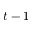
t - 1